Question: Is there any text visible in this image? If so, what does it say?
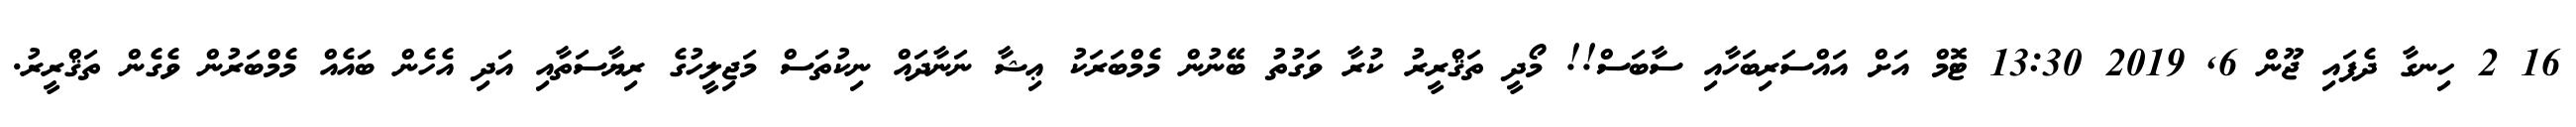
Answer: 16 2 ހިނގާ ދެފައި ޖޫން 6, 2019 13:30 ޓޮމް އަށް އައްސަރިބަހާއި ސާބަސް!! މޯދީ ތަޤްރީރު ކުރާ ވަގުތު ބޭނުން މެމްބަރަކު ޢިޝާ ނަނާދައް ނިކުތަސް މަޖިލީހުގެ ރިޔާސަތާއި އަދި އެހެން ބައެއް މެމްބަރުން ވެގެން ތަޤްރީރު.